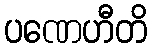
ပဏေဟီတိ